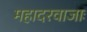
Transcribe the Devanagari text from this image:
महादरवाजाः